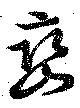
巒